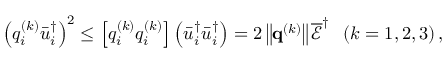
{ \left( { q _ { i } ^ { \left( k \right) } \bar { u } _ { i } ^ { \dag } } \right) ^ { 2 } } \le \left[ { q _ { i } ^ { \left( k \right) } q _ { i } ^ { \left( k \right) } } \right] \left( { \bar { u } _ { i } ^ { \dag } \bar { u } _ { i } ^ { \dag } } \right) = 2 \left\| { { { \bf { q } } ^ { \left( k \right) } } } \right\| \overline { { \mathcal E } } ^ { \dag } \; \; \left( { k = 1 , 2 , 3 } \right) ,